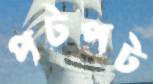
পটপট